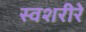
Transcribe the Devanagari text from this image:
स्वशरीरे